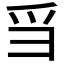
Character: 𪺍